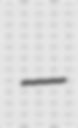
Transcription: –